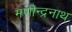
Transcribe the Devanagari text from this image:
मणीन्द्रनाथ